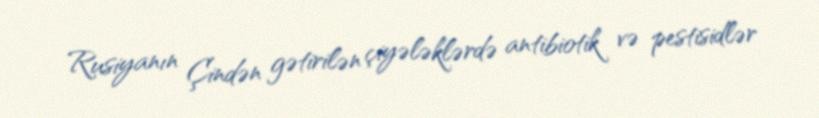
Rusiyanın Çindən gətirilən çiyələklərdə antibiotik və pestisidlər